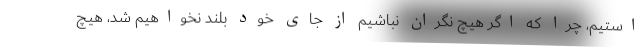
استیم، چرا که اگر هیچ نگران نباشیم از جای خود بلند نخواهیم شد، هیچ